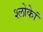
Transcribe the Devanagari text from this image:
श्लोकेां